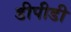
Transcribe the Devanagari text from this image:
डीपीडी